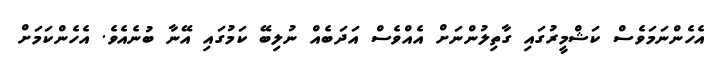
އެހެންނަމަވެސް ކަޝްމީރުގައި ގާތިލުންނަށް އެއްވެސް އަދަބެއް ނުލިބޭ ކަމުގައި އޭނާ ބުނެއެވެ. އެހެންކަމަށް